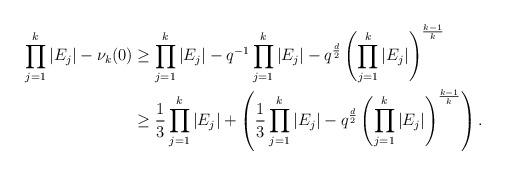
LaTeX: \begin{align*} \prod\limits_{j=1}^k |E_j| -\nu_k(0) &\ge \prod\limits_{j=1}^k |E_j| -q^{-1} \prod_{j=1}^k |E_j|- q^{\frac{d}{2}} \left(\prod_{j=1}^k |E_j| \right)^{\frac{k-1}{k}}\\&\ge \frac{1}{3}\prod\limits_{j=1}^k |E_j| + \left( \frac{1}{3} \prod\limits_{j=1}^k |E_j|- q^{\frac{d}{2}} \left(\prod_{j=1}^k |E_j| \right)^{\frac{k-1}{k}}\right).\end{align*}